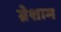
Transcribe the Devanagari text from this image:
ग्रेशाम